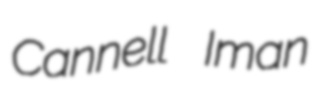
Cannell Iman